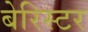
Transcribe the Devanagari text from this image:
बेरिस्टर